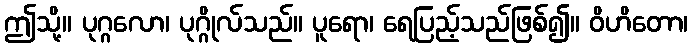
ဤသို့။ ပုဂ္ဂလော၊ ပုဂ္ဂိုလ်သည်။ ပူရော၊ ရေပြည့်သည်ဖြစ်၍။ ဝိဟိတော၊